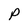
Character: p